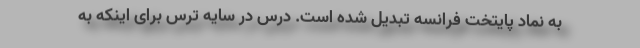
به نماد پایتخت فرانسه تبدیل شده است. درس در سایه ترس برای اینکه به